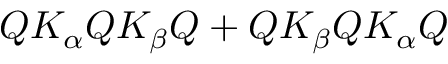
Q K _ { \alpha } Q K _ { \beta } Q + Q K _ { \beta } Q K _ { \alpha } Q